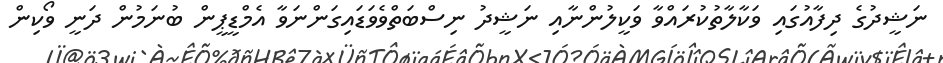
ނަޝީދުގެ ދިފާއުގައި ވަކާލާތުކުރައްވާ ވަކީލުންނާއި ނަޝީދު ނިސްބަތްވެވަޑައިގަންނަވާ އެމްޑީޕީން ބުނަމުން ދަނީ ވޯކިން